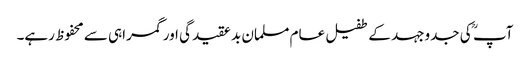
آپ ؒ کی جدوجہد کے طفیل عام مسلمان بد عقیدگی اور گمراہی سے محفوظ رہے۔